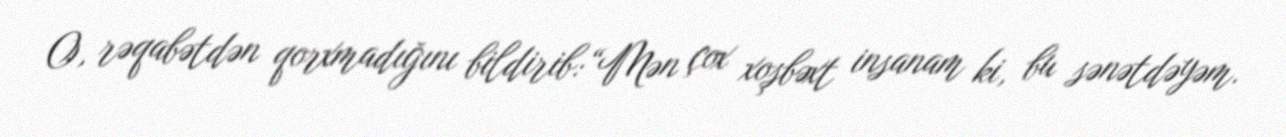
O, rəqabətdən qorxmadığını bildirib:“Mən çox xoşbəxt insanam ki, bu sənətdəyəm.